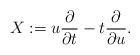
LaTeX: \begin{align*}X:= u \frac{\partial }{\partial t} - t \frac{\partial }{\partial u}.\end{align*}